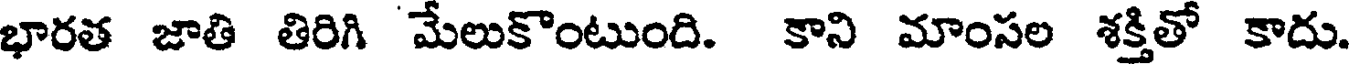
భారత జాతి తిరిగి మేలుకొంటుంది. కాని మాంసల శక్తితో కాదు.